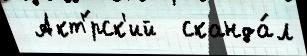
 Акт'́рск'ий  сканда́л